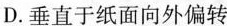
D.垂直于纸面向外偏转